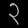
Digit: ၃